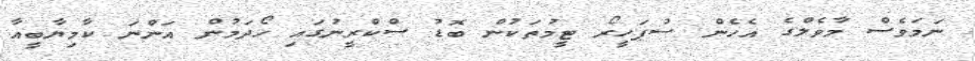
ނަމަވެސް މާވެލްގެ އެހެން ސުޕަހީރޯ ޓީމުތަކުން ބޮޑު ސްކްރީނުގައި ހޯދަމުން އަންނަ ކާމިޔާބީއާ